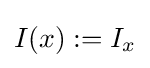
I(x):=I_{x}